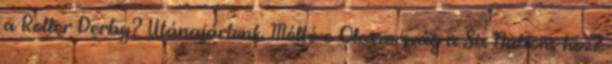
a Roller Derby? Utánajártunk. Méltó-e Olaszország a Six Nations-höz?